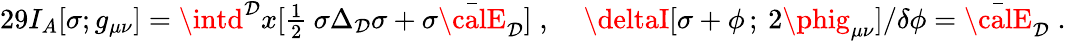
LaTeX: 29I_{A}[\sigma;g_{\mu\nu}]=\intd^{\mathcal{D}}x[\textstyle{\frac{{1}}{{2}}}\: \sigma\Delta_{\mathcal{D}}\sigma+\sigma\bar{{{\calE}}}_{\mathcal{D}}]\; ,\; \; \; \; \deltaI[\sigma+\phi\, ;\: 2\phig_{\mu\nu}]/\delta\phi=\bar{{\calE}}_{\mathcal{D}}\; .